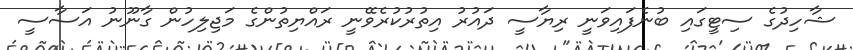
ޝާހިދުގެ ސިޓީގައި ބުނެފައިވަނީ ރިޔާސީ ދައުރު އިތުރުކުރެވޭނީ ރައްޔިތުންގެ މަޖިލިހުން ގާނޫނު އަސާސީ